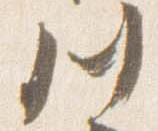
川